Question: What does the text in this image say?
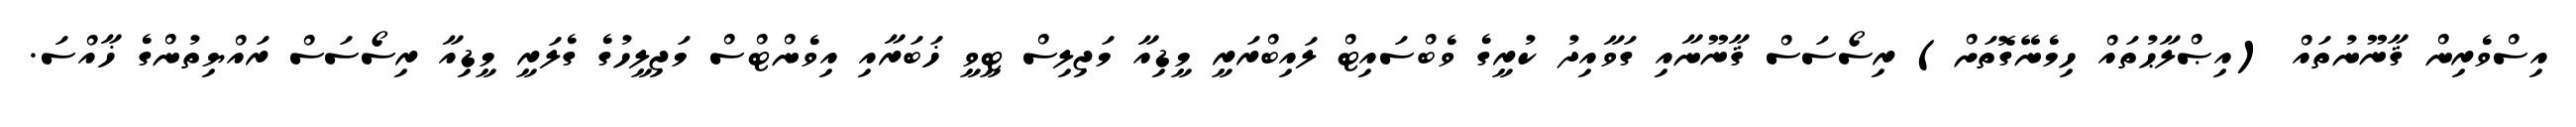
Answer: އިސްވެރިން ޤާނޫނުތައް (އިޞްލާޙުތައް ހިމެނޭގޮތަށް) ރިސޯސަސް ޤާނޫނާއި ގަވާއިދު ކުރީގެ ވެބްސައިޓް ލައިބްރަރީ މީޑިއާ މަޖިލިސް ޓީވީ ޚަބަރާއި އިވެންޓްސް މަޖިލީހުގެ ގެލަރީ މީޑިއާ ރިސޯސަސް ރައްޔިތުންގެ ޚާއްސަ.